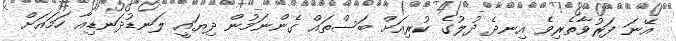
އޭނަ ފަރުވާތެރިވެ އިނދެ ދުލުގެ ކުރިއަށް ބަސްތައް ގެންނަމުން ދިޔައީ ލަނޑުދަނޑިއާ ހަމައަށް